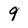
Character: 9